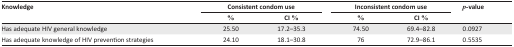
| <ROWSPAN=3> Knowledge | <COLSPAN=2> Consistent condom use | <COLSPAN=2> Inconsistent condom use | <ROWSPAN=3> p-value |
 | % | CI% | % | CI% |
 | --- | --- | --- | --- | --- | --- |
 | Has adequate HIV general knowledge | 25.50 | 17.2–35.3 | 74.50 | 69.4–82.8 | 0.0927 |
 | Has adequate knowledge of HIV prevention strategies | 24.10 | 18.1–30.8 | 76 | 72.9–86.1 | 0.5535 |